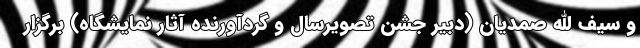
و سیف الله صمدیان (دبیر جشن تصویرسال و گردآورنده آثار نمایشگاه) برگزار